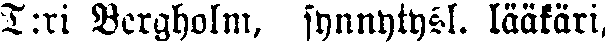
T:ri Bergholm, synnytysl. lääkäri,